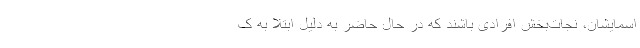
اسمایشان، نجات‌بخش افرادی باشند که در حال حاضر به دلیل ابتلا به ک